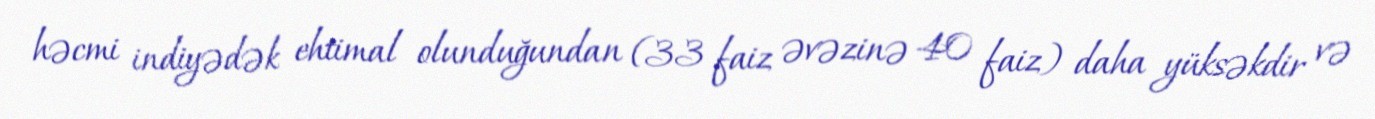
həcmi indiyədək ehtimal olunduğundan (33 faiz əvəzinə 40 faiz) daha yüksəkdir və